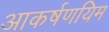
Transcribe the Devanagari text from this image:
आकर्षणयिम